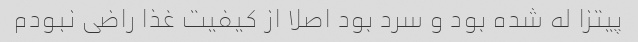
پیتزا له شده بود و سرد بود اصلا از کیفیت غذا راضی نبودم